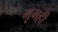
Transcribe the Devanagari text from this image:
मृगही